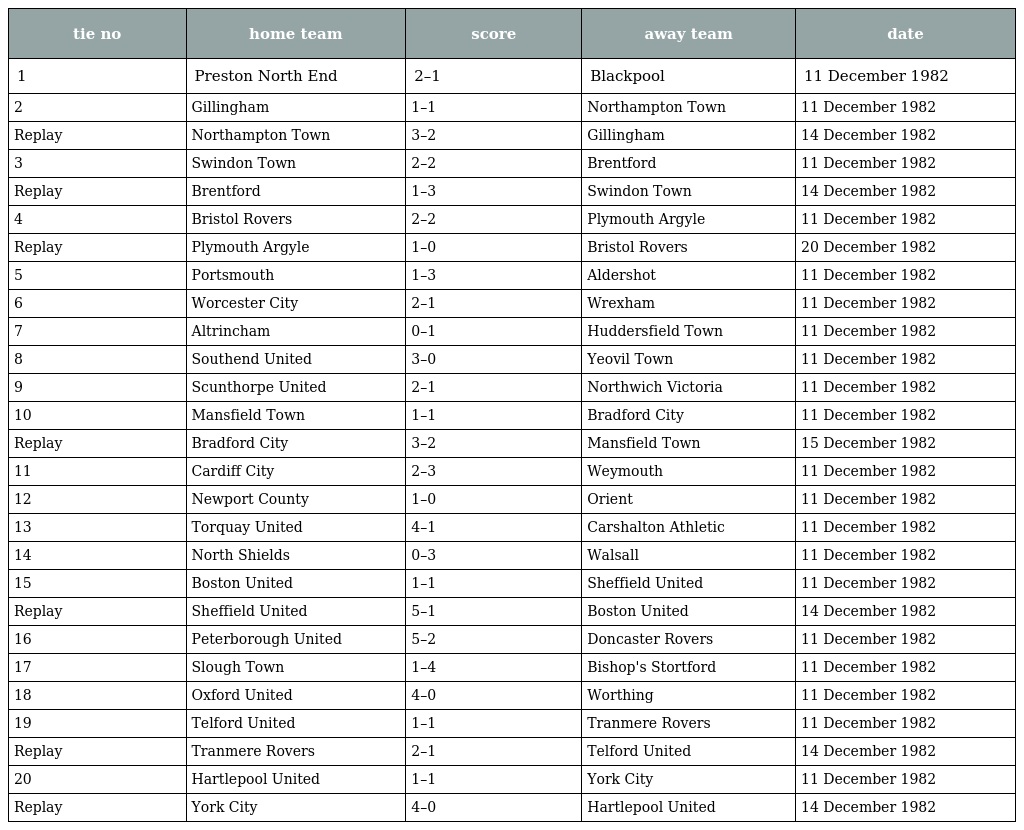
| tie no | home team | score | away team | date |
 | --- | --- | --- | --- | --- |
 | 1 | Preston North End | 2–1 | Blackpool | 11 December 1982 |
 | 2 | Gillingham | 1–1 | Northampton Town | 11 December 1982 |
 | Replay | Northampton Town | 3–2 | Gillingham | 14 December 1982 |
 | 3 | Swindon Town | 2–2 | Brentford | 11 December 1982 |
 | Replay | Brentford | 1–3 | Swindon Town | 14 December 1982 |
 | 4 | Bristol Rovers | 2–2 | Plymouth Argyle | 11 December 1982 |
 | Replay | Plymouth Argyle | 1–0 | Bristol Rovers | 20 December 1982 |
 | 5 | Portsmouth | 1–3 | Aldershot | 11 December 1982 |
 | 6 | Worcester City | 2–1 | Wrexham | 11 December 1982 |
 | 7 | Altrincham | 0–1 | Huddersfield Town | 11 December 1982 |
 | 8 | Southend United | 3–0 | Yeovil Town | 11 December 1982 |
 | 9 | Scunthorpe United | 2–1 | Northwich Victoria | 11 December 1982 |
 | 10 | Mansfield Town | 1–1 | Bradford City | 11 December 1982 |
 | Replay | Bradford City | 3–2 | Mansfield Town | 15 December 1982 |
 | 11 | Cardiff City | 2–3 | Weymouth | 11 December 1982 |
 | 12 | Newport County | 1–0 | Orient | 11 December 1982 |
 | 13 | Torquay United | 4–1 | Carshalton Athletic | 11 December 1982 |
 | 14 | North Shields | 0–3 | Walsall | 11 December 1982 |
 | 15 | Boston United | 1–1 | Sheffield United | 11 December 1982 |
 | Replay | Sheffield United | 5–1 | Boston United | 14 December 1982 |
 | 16 | Peterborough United | 5–2 | Doncaster Rovers | 11 December 1982 |
 | 17 | Slough Town | 1–4 | Bishop's Stortford | 11 December 1982 |
 | 18 | Oxford United | 4–0 | Worthing | 11 December 1982 |
 | 19 | Telford United | 1–1 | Tranmere Rovers | 11 December 1982 |
 | Replay | Tranmere Rovers | 2–1 | Telford United | 14 December 1982 |
 | 20 | Hartlepool United | 1–1 | York City | 11 December 1982 |
 | Replay | York City | 4–0 | Hartlepool United | 14 December 1982 |